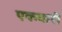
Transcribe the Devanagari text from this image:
एकवारी